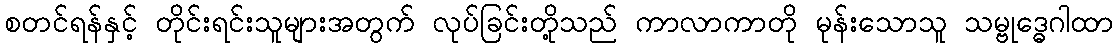
စတင်ရန်နှင့် တိုင်းရင်းသူများအတွက် လုပ်ခြင်းတို့သည် ကာလာကာတို မုန်းသောသူ သမ္ဗုဒ္ဓေဂါထာ